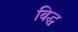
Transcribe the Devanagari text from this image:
बिद्ध